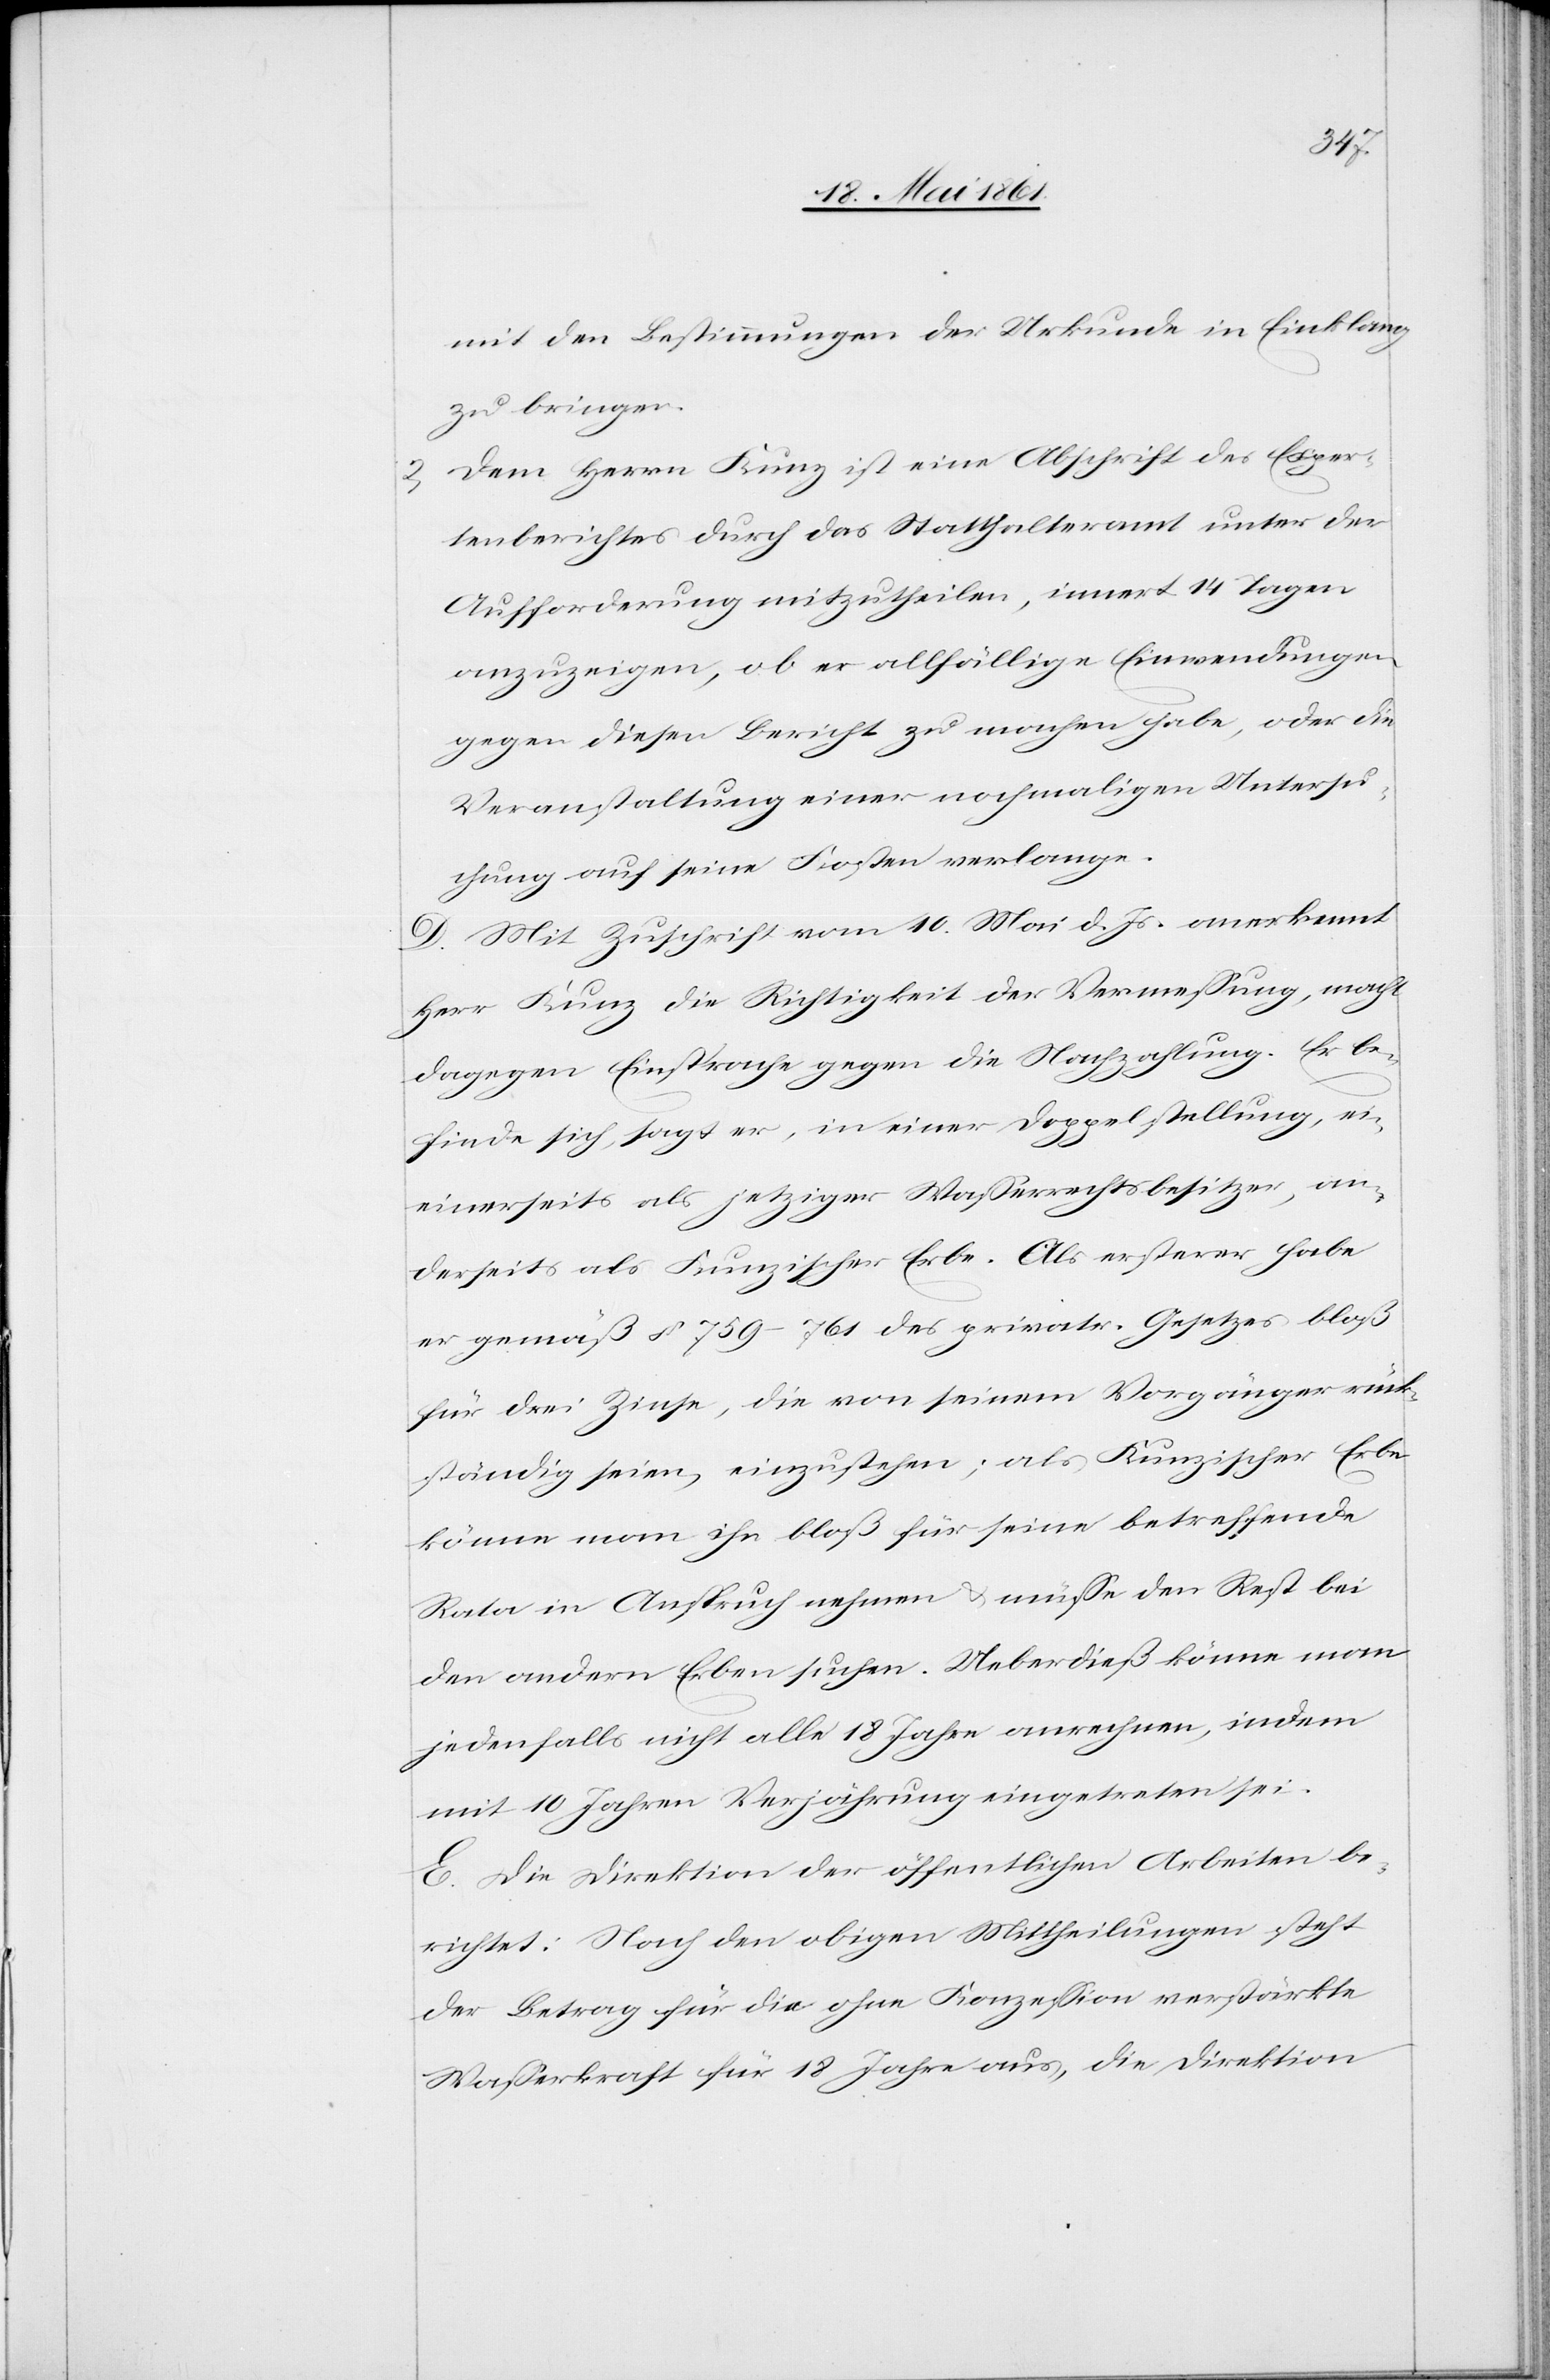
2.

mit den Bestimmungen der Urkunde in Einklang
zu bringen.
Dem Herrn Kunz ist eine Abschrift des Exper¬
tenberichtes durch das Statthalteramt unter der
Aufforderung mitzutheilen, innert 14 Tagen
anzuzeigen, ob er allfällige Einwendungen
gegen diesen Bericht zu machen habe, oder die
Veranstaltung einer nochmaligen Untersu¬
chung auf seine Kosten verlange.
D. Mit Zuschrift vom 10. Mai d. Js. anerkennt
Herr Kunz die Richtigkeit der Vermessung, macht
dagegen Einsprache gegen die Nachzahlung. Er be¬
finde sich, sagt er, in einer Doppelstellung, ei¬
einersetis [sic!] als jetziger Wasserrechtsbesitzer, an¬
derseits als Kunzischer Erbe. Als ersterer habe
er gemäß § 759–761 des privatr. Gesetzes bloß
für drei Zinse, die von einem Vorgänger rück¬
ständig seien, einzustehen; als Kunzischer Erbe
könne man ihn bloß für seine betreffende
Rata in Anspruch nehmen u. müsse den Rest bei
den andern Erben suchen. Ueberdieß könne man
jedenfalls nicht alle 18 Jahre anrechnen, indem
mit 10 Jahren Verjährung eingetreten sei.
E. Die Direktion der öffentlichen Arbeiten be¬
richtet: Nach den obigen Mittheilungen steht
der Betrag für die ohne Konzession verstärkte
Wasserkraft für 18 Jahre aus, die Direktion